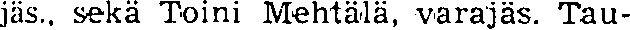
jäs., sekä Toini Mehtälä, varajäs. Tau-